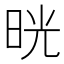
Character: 晄